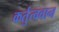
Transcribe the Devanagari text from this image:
कर्तुत्ववान